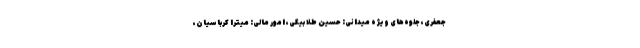
جعفری، جلوه‌های ویژه میدانی: حسین طلا بیگی، امور مالی: میترا کرباسیان،